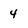
Character: 4